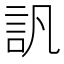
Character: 訉